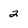
Character: 2